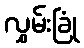
လွှမ်းခြုံ